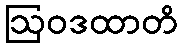
ဩဝဒထာတိ